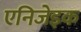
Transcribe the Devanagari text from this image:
एनिजेइक